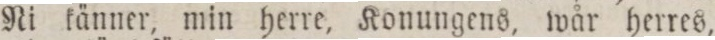
Ni känner, min herre, Konungens, wår herres,